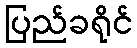
ပြည်ခရိုင်